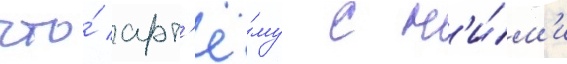
что́ арт'ё́му с н'и́м'и